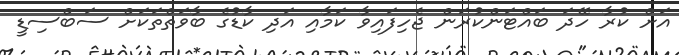
އަށް ކުރާ ހޭދަ ބައްޓަންކުރަން ޖެހިފައިވާ ކަމާއި އަދި ކާޑުގެ ބާވަތްތަކަށް ސަބްސިޑީ